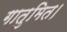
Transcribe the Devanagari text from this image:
गातुमित।